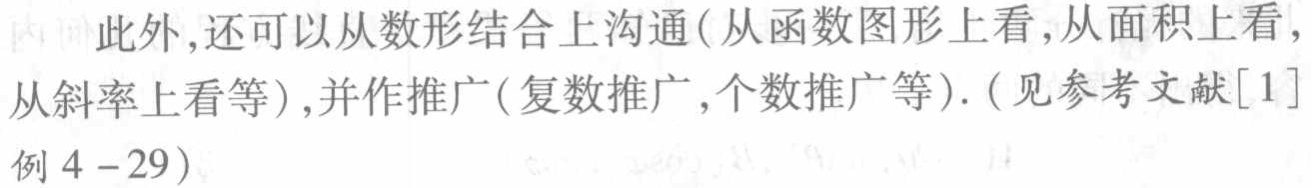
此外,还可以从数形结合上沟通(从函数图形上看,从面积上看,从斜率上看等),并作推广(复数推广,个数推广等). (见参考文献[1]例4 - 29)